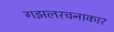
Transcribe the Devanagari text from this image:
गझलरचनाकार